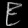
Digit: ၉